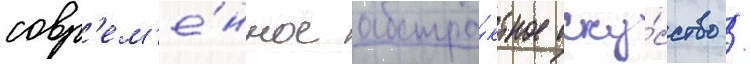
совр'ем'е́нное абстра́ктное иску́сство /